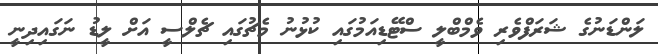
ލަންޑަނުގެ ޝަރަފްވެރި ވެމްބްލީ ސްޓޭޑިއަމުގައި ކުޅުނު މެޗުގައި ޗެލްސީ އަށް ލީޑު ނަގައިދިނީ